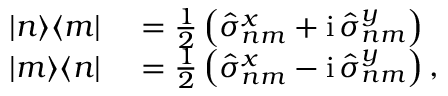
\begin{array} { r l } { | n \rangle \langle m | } & { { } = { \frac { 1 } { 2 } } \left( \hat { \sigma } _ { n m } ^ { x } + \mathrm { i } \, \hat { \sigma } _ { n m } ^ { y } \right) } \\ { | m \rangle \langle n | } & { { } = { \frac { 1 } { 2 } } \left( \hat { \sigma } _ { n m } ^ { x } - \mathrm { i } \, \hat { \sigma } _ { n m } ^ { y } \right) , } \end{array}